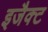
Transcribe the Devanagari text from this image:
इजैक्ट